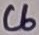
Text: C6